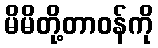
မိမိတို့တာဝန်ကို